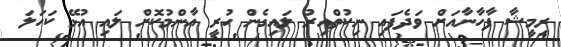
ރިމީޝާ ފާހާނާއަށް ވަދެފައި ނިކުތްއިރު ލައިގެން ހުރީ އާންމުކޮށް ލައި އުޅޭ ކަހަލަ